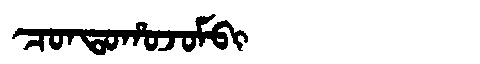
Manchu: ᠴᠣᠨᡨᠣᡥᠣᠵᠣᠮᠪᡳ
Romanization: CONTOHOJOMBI